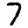
Digit: 7